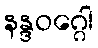
နန္ဒဝဂ္ဂေါ